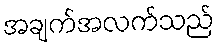
အချက်အလက်သည်